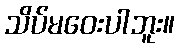
သိပ်မဝေးပါဘူး။